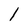
Character: 1